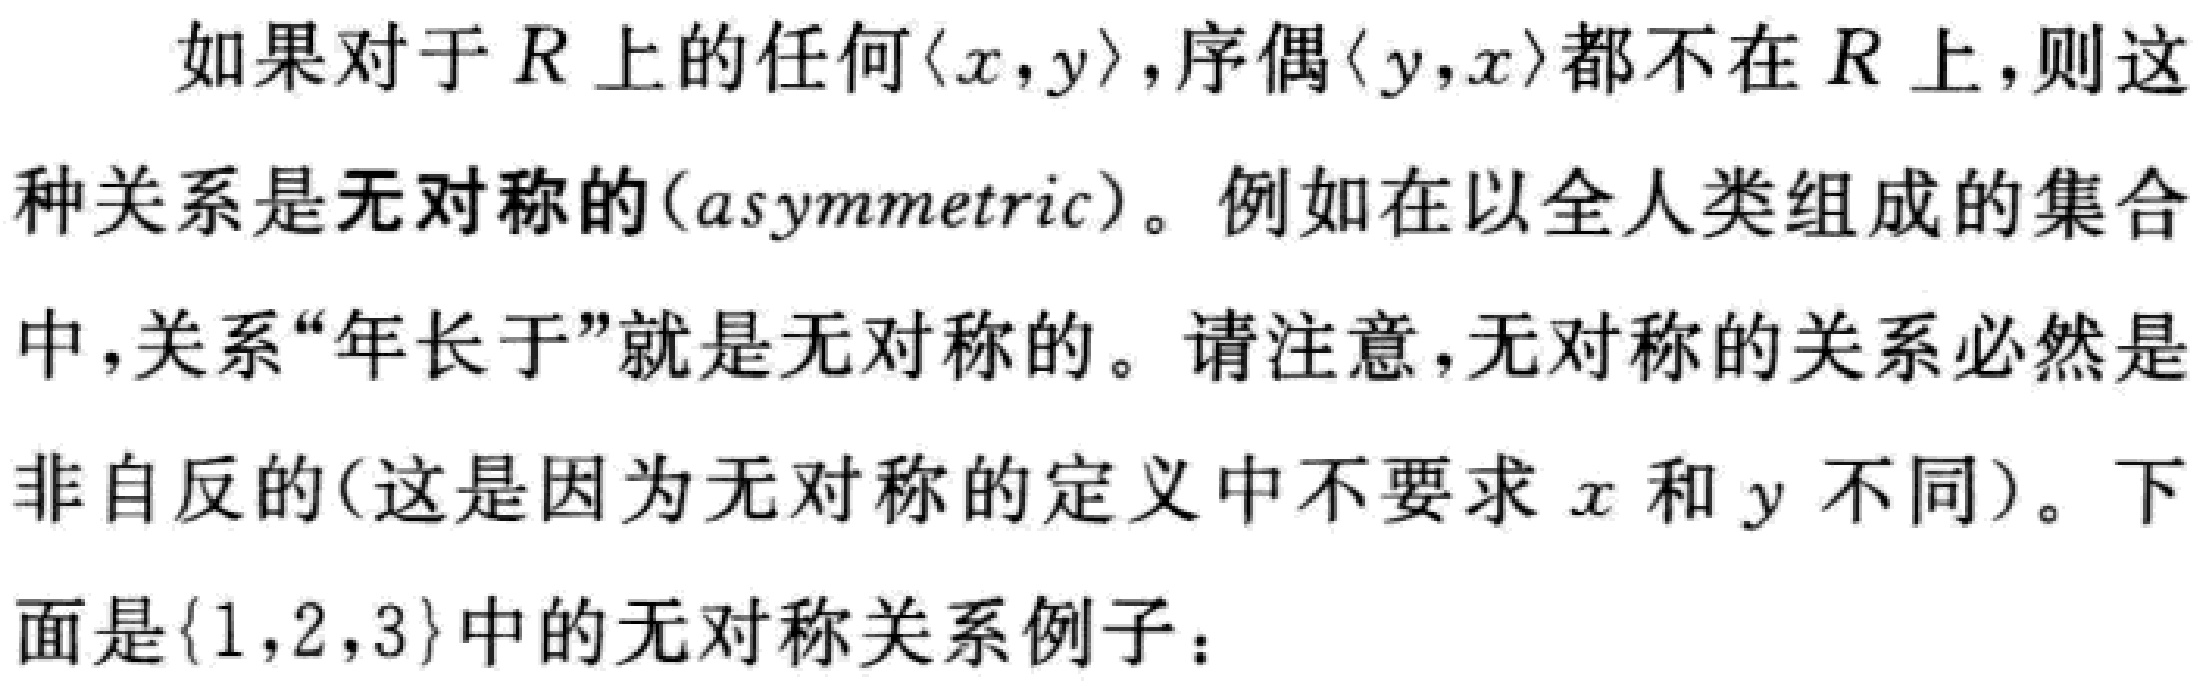
如果对于\(R\)上的任何\(\langle x,y\rangle\)，序偶\(\langle y,x\rangle\)都不在\(R\)上，则这种关系是无对称的(asymmetric)。例如在以全人类组成的集合中，关系“年长于”就是无对称的。请注意，无对称的关系必然是非自反的(这是因为无对称的定义中不要求\(x\)和\(y\)不同)。下面是\(\{1,2,3\}\)中的无对称关系例子：